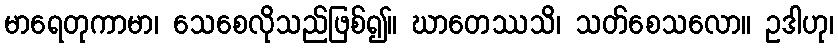
မာရေတုကာမာ၊ သေစေလိုသည်ဖြစ်၍။ ဃာတေဿသိ၊ သတ်စေသလော။ ဥဒါဟု၊